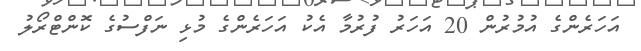
އަހަރެންގެ އުމުރުން 20 އަހަރު ފުރުމާ އެކު އަހަރެންގެ މުޅި ނަފްސުގެ ކޮންޓްރޯލު